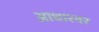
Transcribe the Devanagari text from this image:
आधारवर